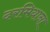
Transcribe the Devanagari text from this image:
दरमियाना